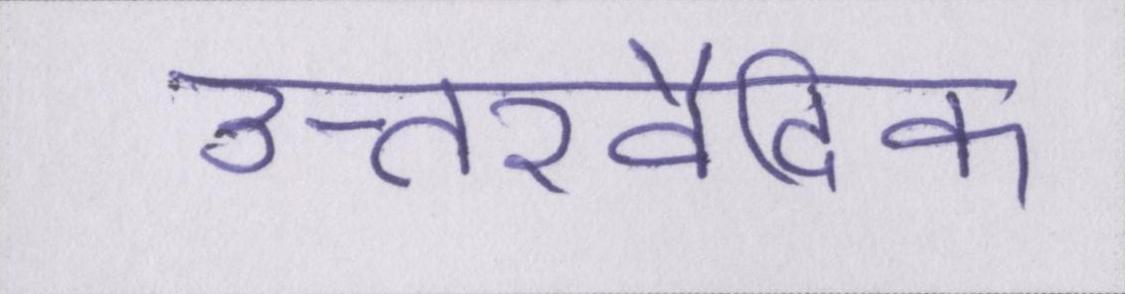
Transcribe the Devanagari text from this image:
उत्तरवैदिक